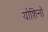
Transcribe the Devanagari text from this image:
योशिनो